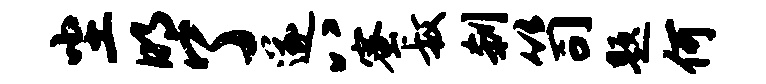
尘明了遂八蜜叔刹笥题何